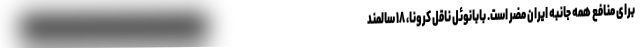
برای منافع همه جانبه ایران مضر است. بابانوئلِ ناقل کرونا، ۱۸ سالمند